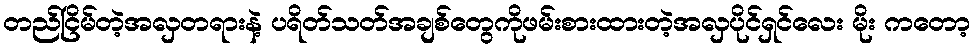
တည်ငြိမ်တဲ့အလှတရားနဲ့ ပရိတ်သတ်အချစ်တွေကိုဖမ်းစားထားတဲ့အလှပိုင်ရှင်လေး မိုး ကတော့